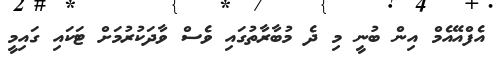
އެފްއޭއެމް އިން ބުނީ މި ދެ މުބާރާތުގައި ވެސް ވާދަކުރުމަށް ޓަކައި ގައިމީ